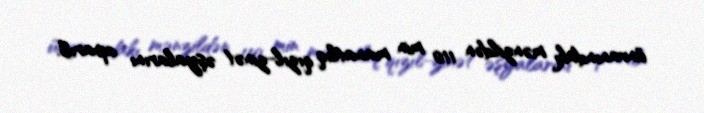
ünvanındakı mənzildən 110 min manatlıq qızıl-zinət əşyalarını aparıb.